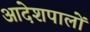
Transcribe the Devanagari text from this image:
आदेशपालों